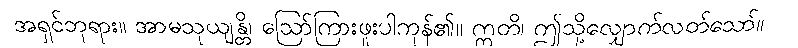
အရှင်ဘုရား။ အာမသုယျန္တိ၊ ဩော်ကြားဖူးပါကုန်၏။ ဣတိ၊ ဤသို့လျှောက်လတ်သော်။